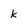
Character: k